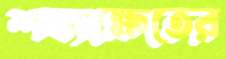
শষ্যক্ষেতের